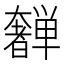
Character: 𫰂